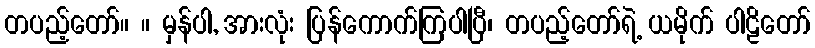
တပည့်တော်။ ။ မှန်ပါ, အားလုံး ပြန်ကောက်ကြပါပြီ၊ တပည့်တော်ရဲ့ ယမိုက် ပါဠိတော်